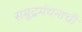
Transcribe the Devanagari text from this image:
सम्रुद्रमंथनाची